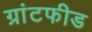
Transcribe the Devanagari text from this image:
ग्रांटफीड